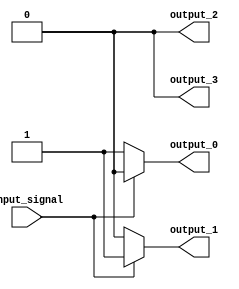
module demux_1to4(input input_signal, output output_0, output output_1, output output_2, output output_3);

  assign output_0 = (input_signal == 2'b00) ? 1'b1 : 1'b0;
  assign output_1 = (input_signal == 2'b01) ? 1'b1 : 1'b0;
  assign output_2 = (input_signal == 2'b10) ? 1'b1 : 1'b0;
  assign output_3 = (input_signal == 2'b11) ? 1'b1 : 1'b0;

endmodule